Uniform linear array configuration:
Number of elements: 32
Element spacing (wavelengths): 0.75
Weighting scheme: hann
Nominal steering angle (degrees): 0
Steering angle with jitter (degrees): -1.849
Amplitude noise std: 0.05
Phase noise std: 0.05

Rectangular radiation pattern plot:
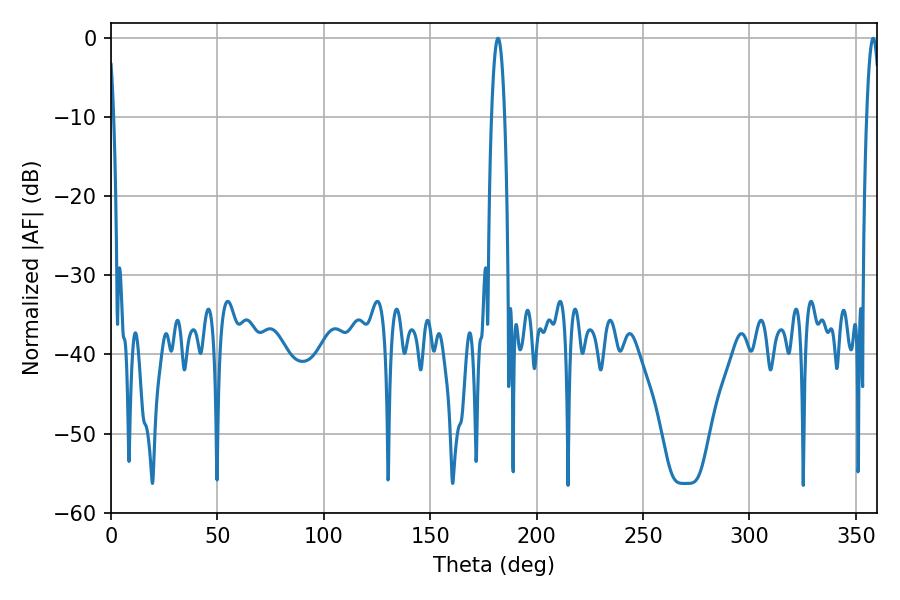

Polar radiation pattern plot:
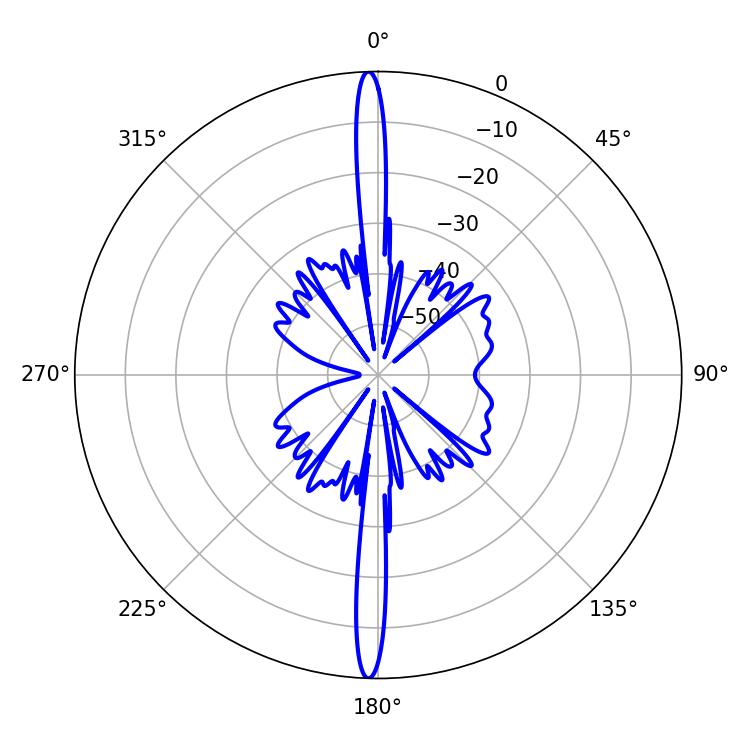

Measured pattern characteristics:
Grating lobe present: TRUE
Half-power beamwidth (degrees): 3.42
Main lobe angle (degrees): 181.8